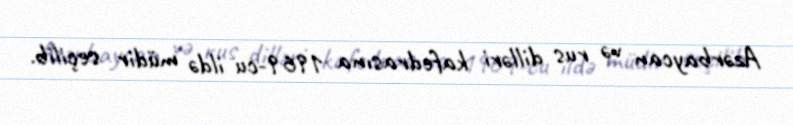
Azərbaycan və rus dilləri kafedrasına 1969-cu ildə müdir seçilib.